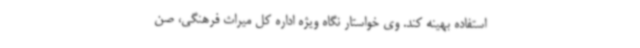
استفاده بهینه کند. وی خواستار نگاه ویژه اداره کل میراث فرهنگی، صن